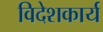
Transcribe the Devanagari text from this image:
विदेशकार्य